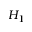
H _ { 1 }